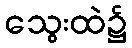
သွေးထဲ၌